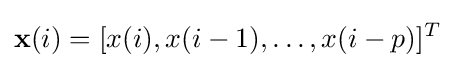
\mathbf {x} (i)=[x(i),x(i-1),\dots ,x(i-p)]^{T}